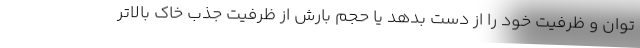
توان و ظرفیت خود را از دست بدهد یا حجم بارش از ظرفیت جذب خاک بالاتر